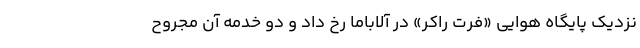
نزدیک پایگاه هوایی «فرت راکر» در آلاباما رخ داد و دو خدمه آن مجروح